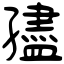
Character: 孻